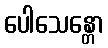
ပေါသေန္တော